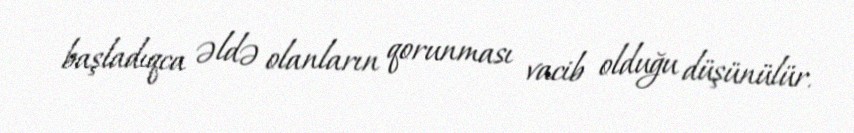
başladıqca əldə olanların qorunması vacib olduğu düşünülür.